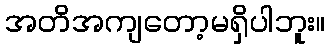
အတိအကျတော့မရှိပါဘူး။